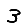
Digit: 3